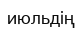
июльдің